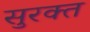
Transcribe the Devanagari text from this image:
सुरक्त